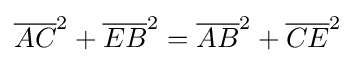
{\overline {AC}}^{2}+{\overline {EB}}^{2}={\overline {AB}}^{2}+{\overline {CE}}^{2}